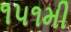
૧૫૧મી